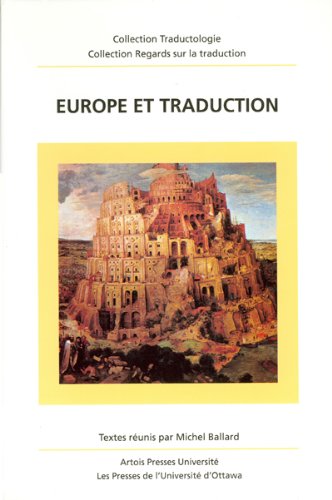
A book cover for Europe et traduction (Collection Regards Sur La Traduction) (French Edition); Reference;